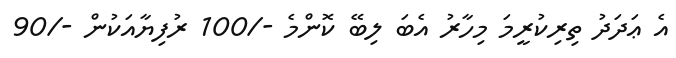
އެ ޢަދަދު ތިރިކުރީމަ މިހާރު އެބަ ލިބޭ ކޮންމެ -/100 ރުފިޔާއަކުން -/90